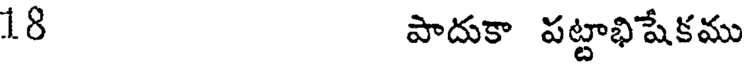
18 పాదుకా పట్టాభిషేకము